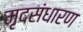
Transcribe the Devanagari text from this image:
मृदसंधारण